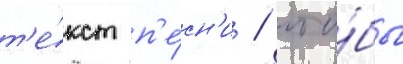
т'е́кст п'е́сн'и / что́бы